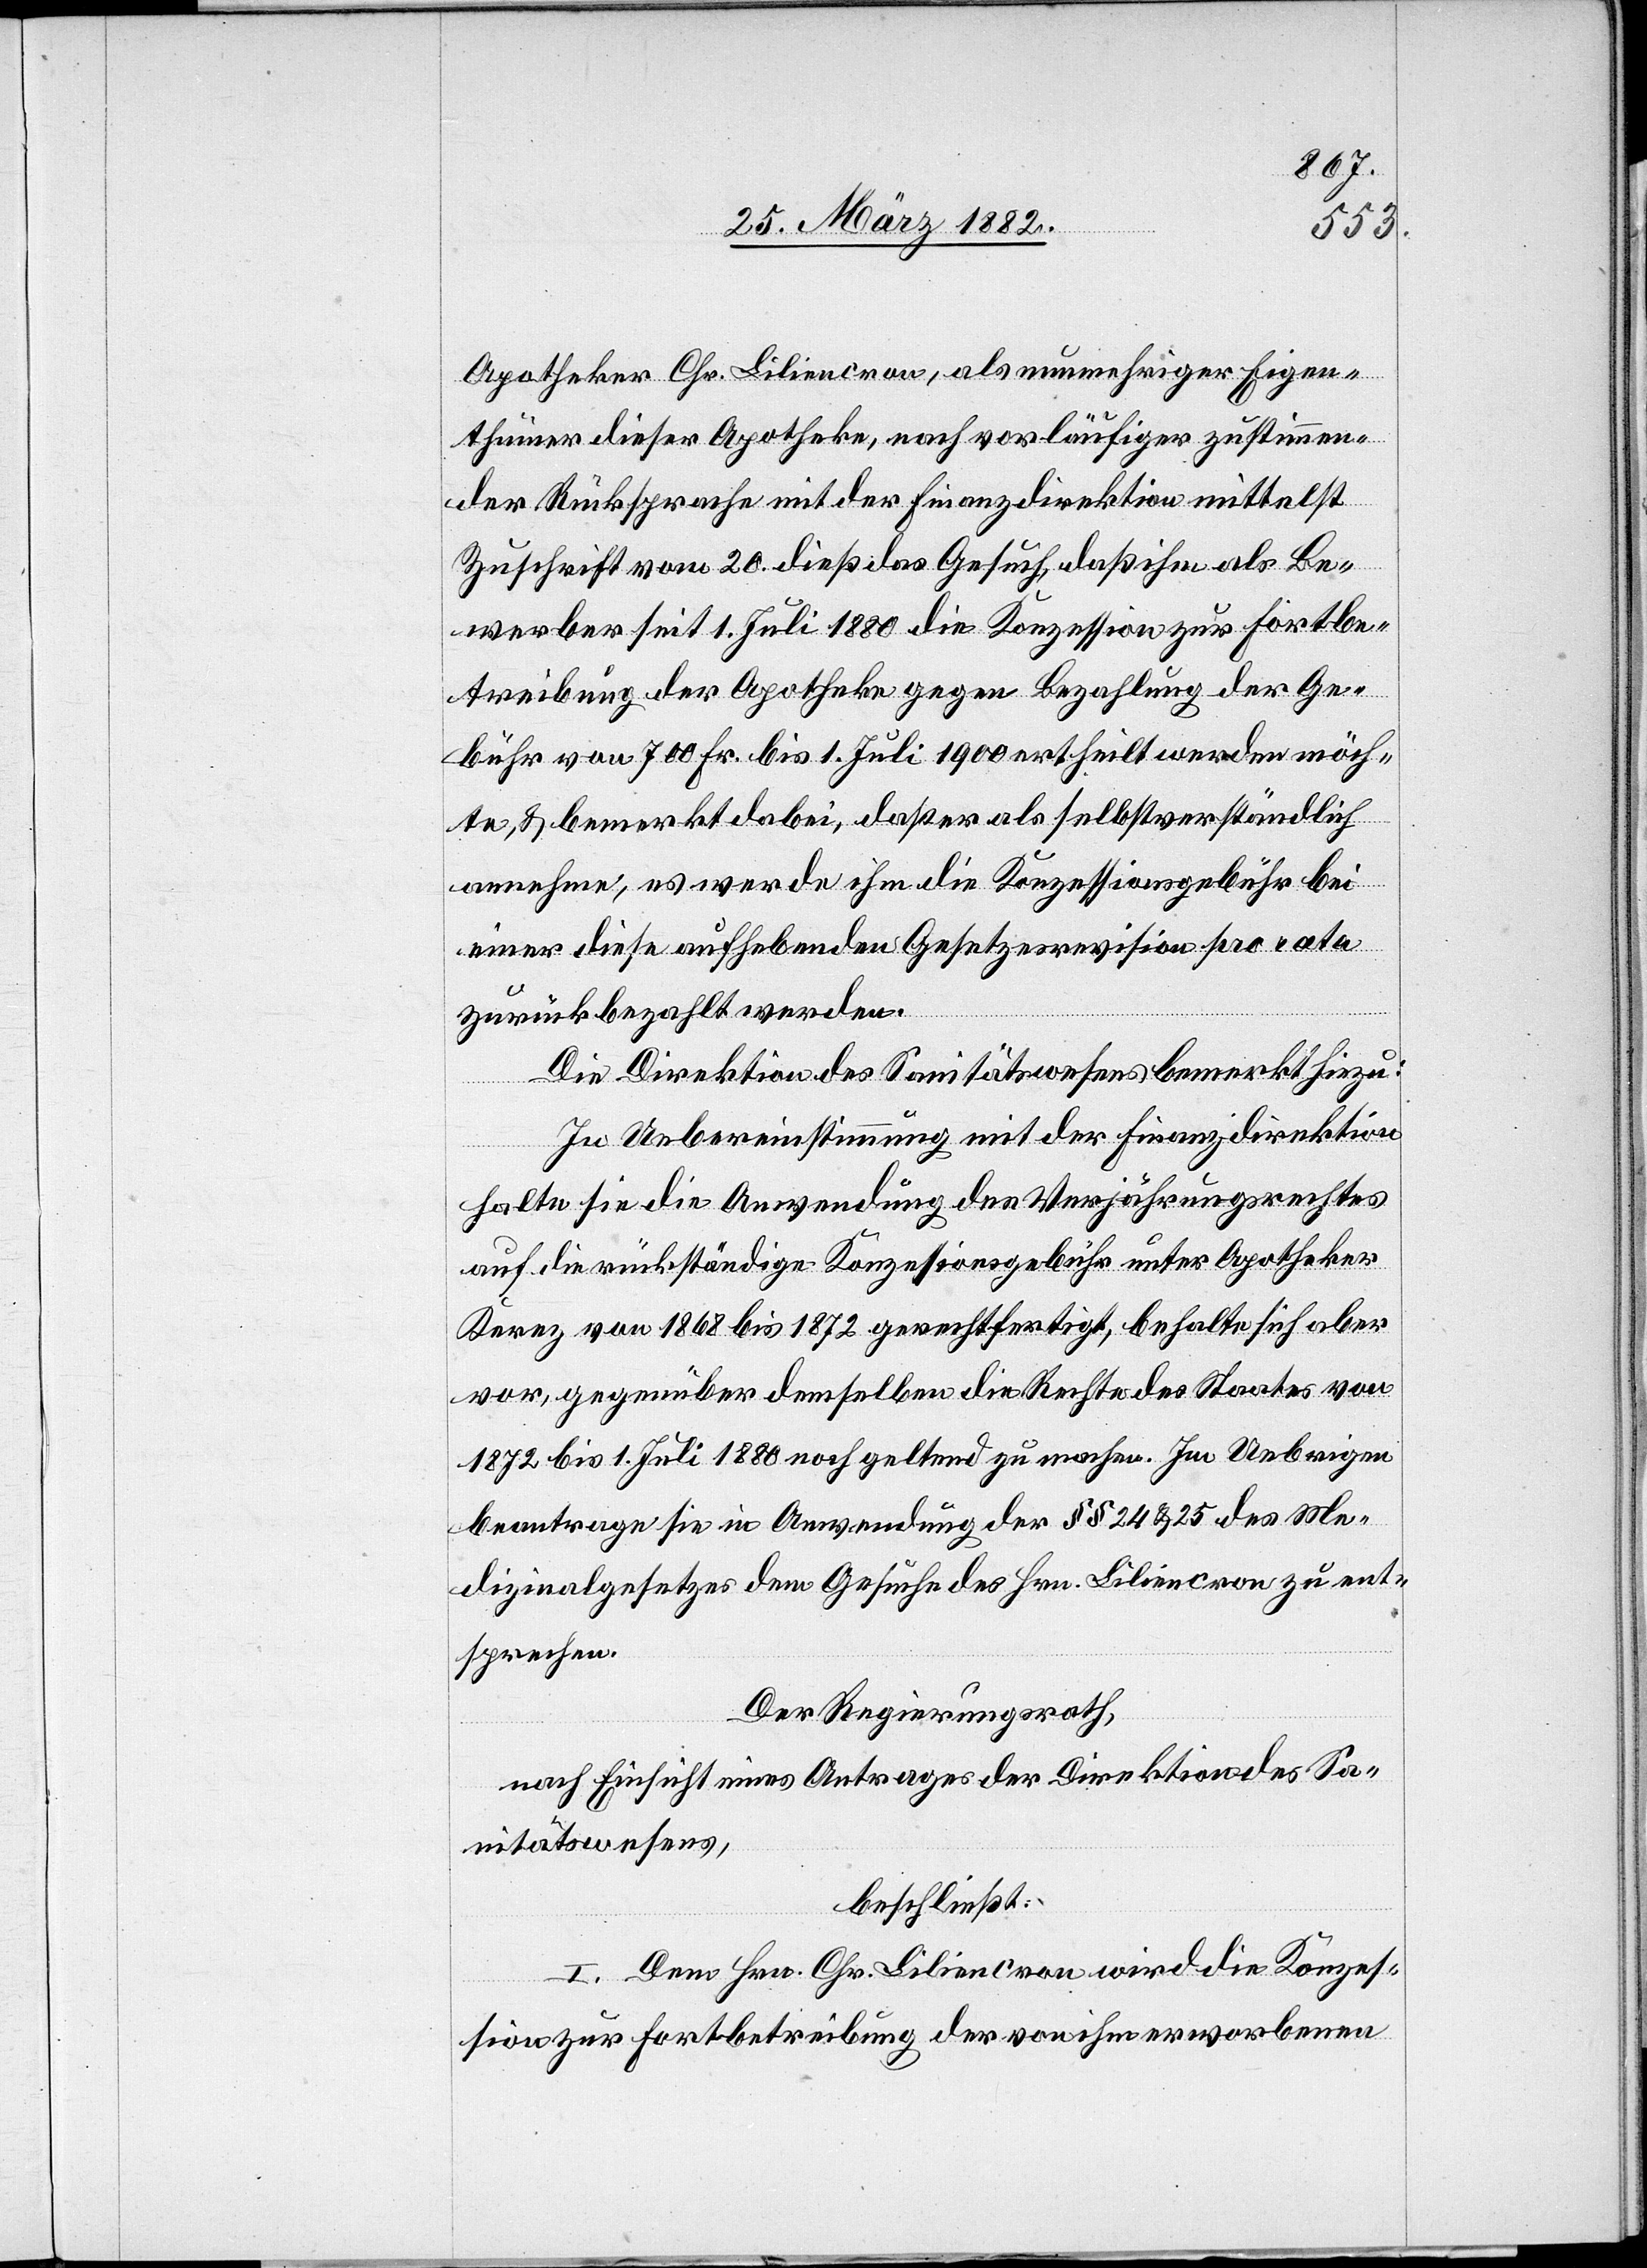
Apotheker Chr. Liliencron, als nun mehrjähriger Eigen¬
thümer dieser Apotheke, nach vorläufiger zustimmen¬
der Rücksprache mit der Finanzdirektion mittelst
Zuschrift vom 20. dieß das Gesuch, daß ihm als Be¬
werber seit 1. Juli 1880 die Konzession zur Fortbe¬
treibung der Apotheke gegen Bezahlung der Ge¬
bühr von 700 Fr. bis 1 Juli 1900 ertheilt werden möch¬
te, & bemerkt dabei, daß er als selbstverständlich
annehme, es werde ihm die Konzessionsgebühr bei
einer diese aufhebenden Gesetzesrevision pro rata
zurückbezahlt werden.
Die Direktion des Sanitätswesens bemerkt hiezu:
In Uebereinstimmung mit der Finanzdirektion
halte sie die Anwendung des Verjährungsrechtes
auf die rückständige Konzessionsgebühr unter Apotheker
Kerez von 1868 bis 1872 gerechtfertigt, behalte sich aber
vor, gegenüber demselben die Rechte des Staates von
1872 bis 1. Juli 1880 noch geltend zu machen. Im Uebrigen
beantrage sie in Anwendung der §§ 24 & 25 des Me¬
dizinalgesetzes dem Gesuche des Hrn. Liliencron zu ent¬
sprechen.
Der Regierungsrath,
nach Einsicht eines Antrages der Direktion des Sa¬
nitätswesens,
beschließt:
I. Dem Hrn. Chr. Liliencron wird die Konzes¬
sion zur Fortbetreibung der von ihm erworbenen